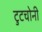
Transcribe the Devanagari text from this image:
टुटचोनी